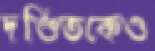
দণ্ডিতকেও